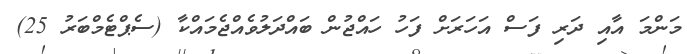
މަންމަ އާއި ދަރި ފަސް އަހަރަށް ފަހު ހައްޖުން ބައްދަލުވެއްޖެމައްކާ (ސެޕްޓެމްބަރު 25)